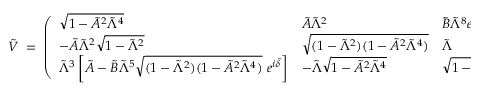
\tilde { V } \; = \; \left( \begin{array} { l l l } { { \sqrt { 1 - \tilde { A } ^ { 2 } \tilde { \Lambda } ^ { 4 } } } } & { { \tilde { A } \tilde { \Lambda } ^ { 2 } } } & { { \tilde { B } \tilde { \Lambda } ^ { 8 } e ^ { - i \tilde { \delta } } } } \\ { { - \tilde { A } \tilde { \Lambda } ^ { 2 } \sqrt { 1 - \tilde { \Lambda } ^ { 2 } } } } & { { \sqrt { ( 1 - \tilde { \Lambda } ^ { 2 } ) ( 1 - \tilde { A } ^ { 2 } \tilde { \Lambda } ^ { 4 } ) } } } & { { \tilde { \Lambda } } } \\ { { \tilde { \Lambda } ^ { 3 } \left[ \tilde { A } - \tilde { B } \tilde { \Lambda } ^ { 5 } \sqrt { ( 1 - \tilde { \Lambda } ^ { 2 } ) ( 1 - \tilde { A } ^ { 2 } \tilde { \Lambda } ^ { 4 } ) } ~ e ^ { i \tilde { \delta } } \right] } } & { { - \tilde { \Lambda } \sqrt { 1 - \tilde { A } ^ { 2 } \tilde { \Lambda } ^ { 4 } } } } & { { \sqrt { 1 - \tilde { \Lambda } ^ { 2 } } } } \end{array} \right) \; .